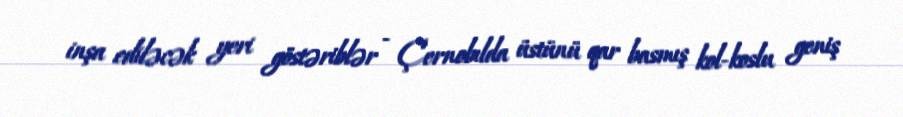
inşa ediləcək yeri göstəriblər - Çernobılda üstünü qar basmış kol-koslu geniş